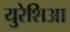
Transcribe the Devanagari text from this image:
युरेशिआ